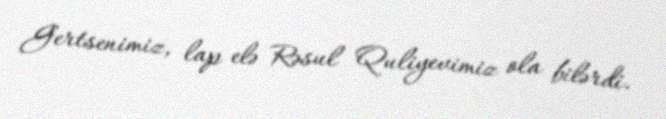
Gertsenimiz, lap elə Rəsul Quliyevimiz ola bilərdi.